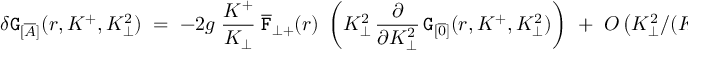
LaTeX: \delta { \tt G } _ { [ \overline { { { A } } } ] } ( r , K ^ { + } , K _ { \perp } ^ { 2 } ) \; = \; - 2 g \; \frac { K ^ { + } } { K _ { \perp } } \; { \overline { { { \tt F } } } } _ { \perp + } ( r ) \; \left( K _ { \perp } ^ { 2 } \, \frac { \partial } { \partial K _ { \perp } ^ { 2 } } \, { \tt G } _ { [ \overline { { { 0 } } } ] } ( r , K ^ { + } , K _ { \perp } ^ { 2 } ) \right) \; \; + \; \; O \left( K _ { \perp } ^ { 2 } / ( K ^ { + } ) ^ { 2 } \right) \; ,